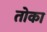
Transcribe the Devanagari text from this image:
तोका